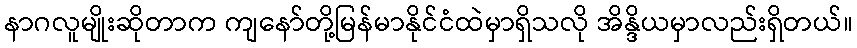
နာဂလူမျိုးဆိုတာက ကျနော်တို့မြန်မာနိုင်ငံထဲမှာရှိသလို အိန္ဒိယမှာလည်းရှိတယ်။